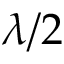
\protect \lambda / 2